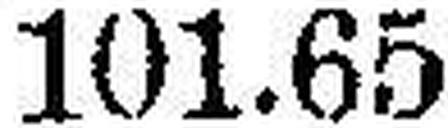
101.65